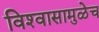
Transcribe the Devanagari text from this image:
विश्‍वासामुळेच